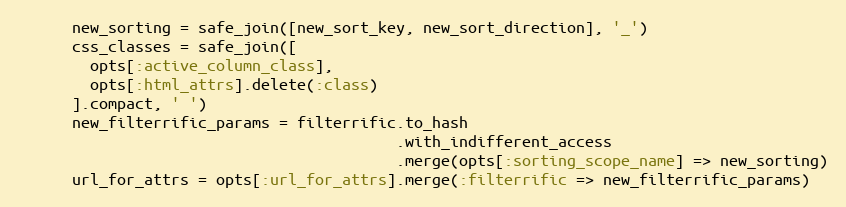
Language: Ruby
      new_sorting = safe_join([new_sort_key, new_sort_direction], '_')
      css_classes = safe_join([
        opts[:active_column_class],
        opts[:html_attrs].delete(:class)
      ].compact, ' ')
      new_filterrific_params = filterrific.to_hash
                                          .with_indifferent_access
                                          .merge(opts[:sorting_scope_name] => new_sorting)
      url_for_attrs = opts[:url_for_attrs].merge(:filterrific => new_filterrific_params)